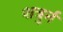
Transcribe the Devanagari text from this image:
शत्रुर्न